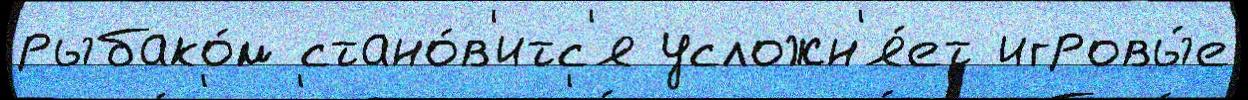
рыбако́м стано́в'итс'я усложн'я́ет игровы́е